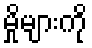
မှိုများကို